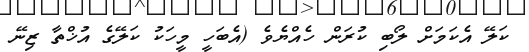
ކަލޭ އެކަމަށް ލޯބި ކުރަން ހެއްޔެވެ (އެބަހީ މީހަކު ކަލޭގެ އުޚްތާ ޒިނޭ